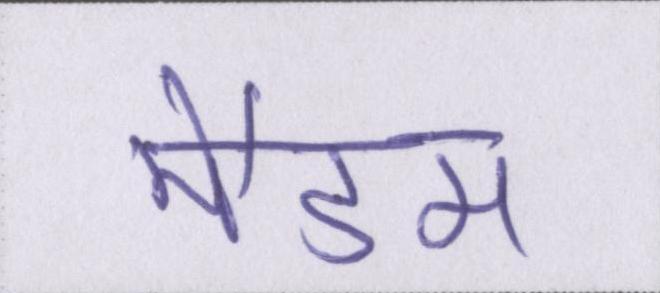
मैडम